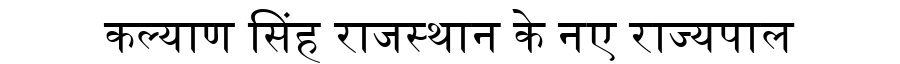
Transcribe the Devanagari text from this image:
कल्याण सिंह राजस्थान के नए राज्यपाल